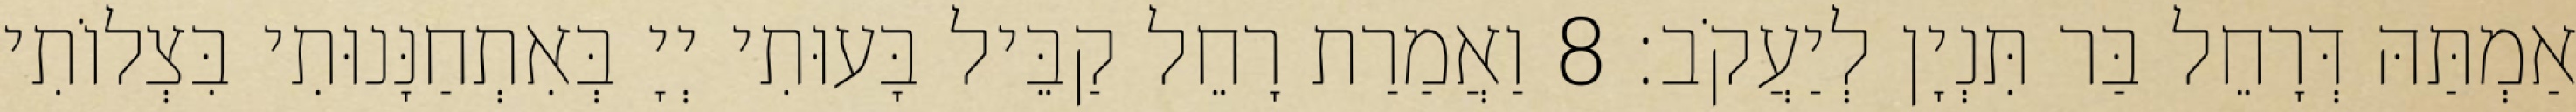
אַמְתַּהּ דְּרָחֵל בַּר תִּנְיָן לְיַעֲקֹב׃ 8 וַאֲמַרַת רָחֵל קַבֵּיל בָּעוּתִי יְיָ בְּאִתְחַנָּנוּתִי בִּצְלוֹתִי